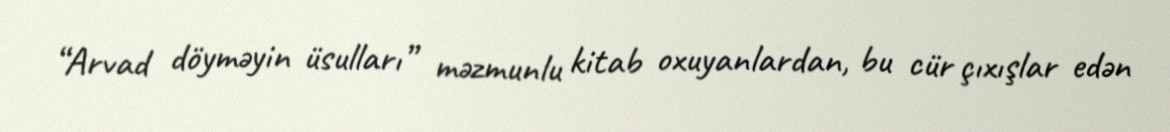
“Arvad döyməyin üsulları” məzmunlu kitab oxuyanlardan, bu cür çıxışlar edən